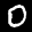
Label: 0